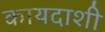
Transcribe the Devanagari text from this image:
कायदाशी